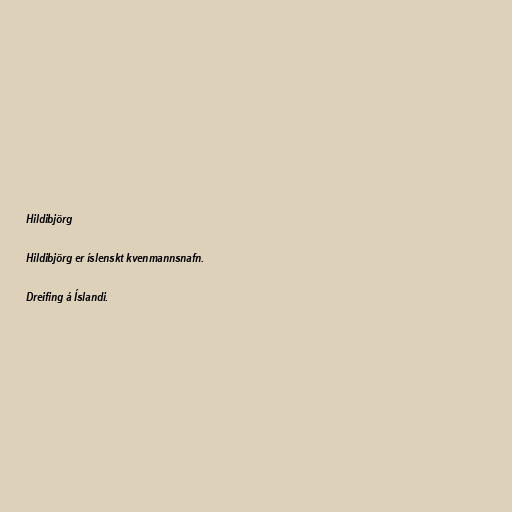
Hildibjörg

Hildibjörg er íslenskt kvenmannsnafn.

Dreifing á Íslandi.